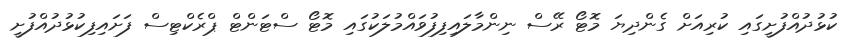
ކުޅުދުއްފުށީގައި ކުރިއަށް ގެންދިޔަ މޮޓޯ ރޭސް ނިންމާލައިފިފުވައްމުލަކުގައި މޮޓޯ ސްޓަންޓް ޕްރެކްޓިސް ފަށައިފިކުޅުދުއްފުށީ